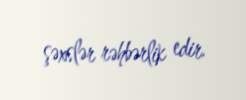
şəxslər rəhbərlik edir.